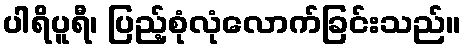
ပါရိပူရီ၊ ပြည့်စုံလုံလောက်ခြင်းသည်။